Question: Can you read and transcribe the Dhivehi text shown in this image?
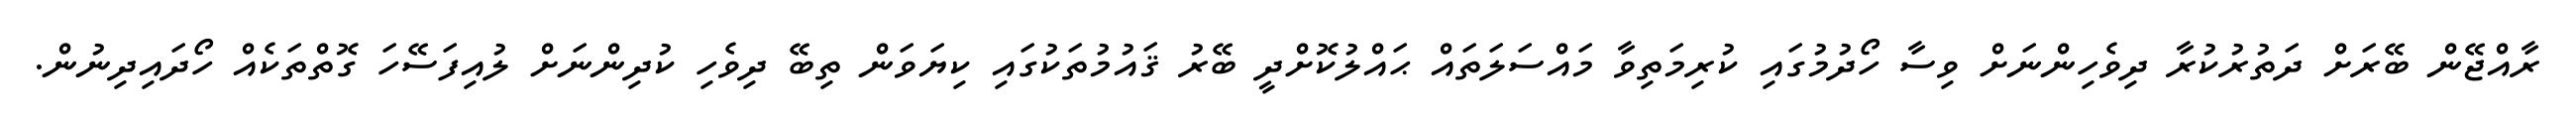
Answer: ރާއްޖޭން ބޭރަށް ދަތުރުކުރާ ދިވެހިންނަށް ވިސާ ހޯދުމުގައި ކުރިމަތިވާ މައްސަލަތައް ޙައްލުކޮށްދީ ބޭރު ޤައުމުތަކުގައި ކިޔަވަން ތިބޭ ދިވެހި ކުދިންނަށް ލުއިފަސޭހަ ގޮތްތަކެއް ހޯދައިދިނުން.